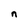
Character: n